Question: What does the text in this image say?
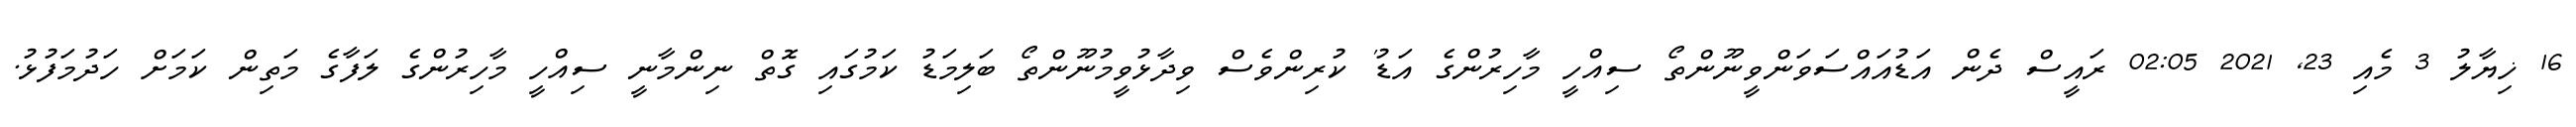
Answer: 16 ޚިޔާލު 3 މެއި 23, 2021 02:05 ރައީސް ދެން އަޑުއައްސަވަންވީނޫންތޯ ސިއްހީ މާހިރުންގެ އަޑު' ކުރިންވެސް ވިދާޅުވީމުނޫންތޯ ބަލިމަޑު ކަމުގައި ގޮތް ނިންމާނީ ސިއްހީ މާހިރުންގެ ލަފާގެ މަތިން ކަމަށް ހަދުމަފުޅު.